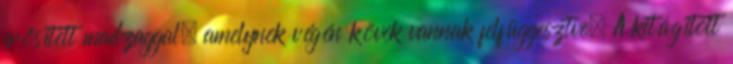
erősített madzaggal, amelynek végén kövek vannak felfüggesztve. A kitágított